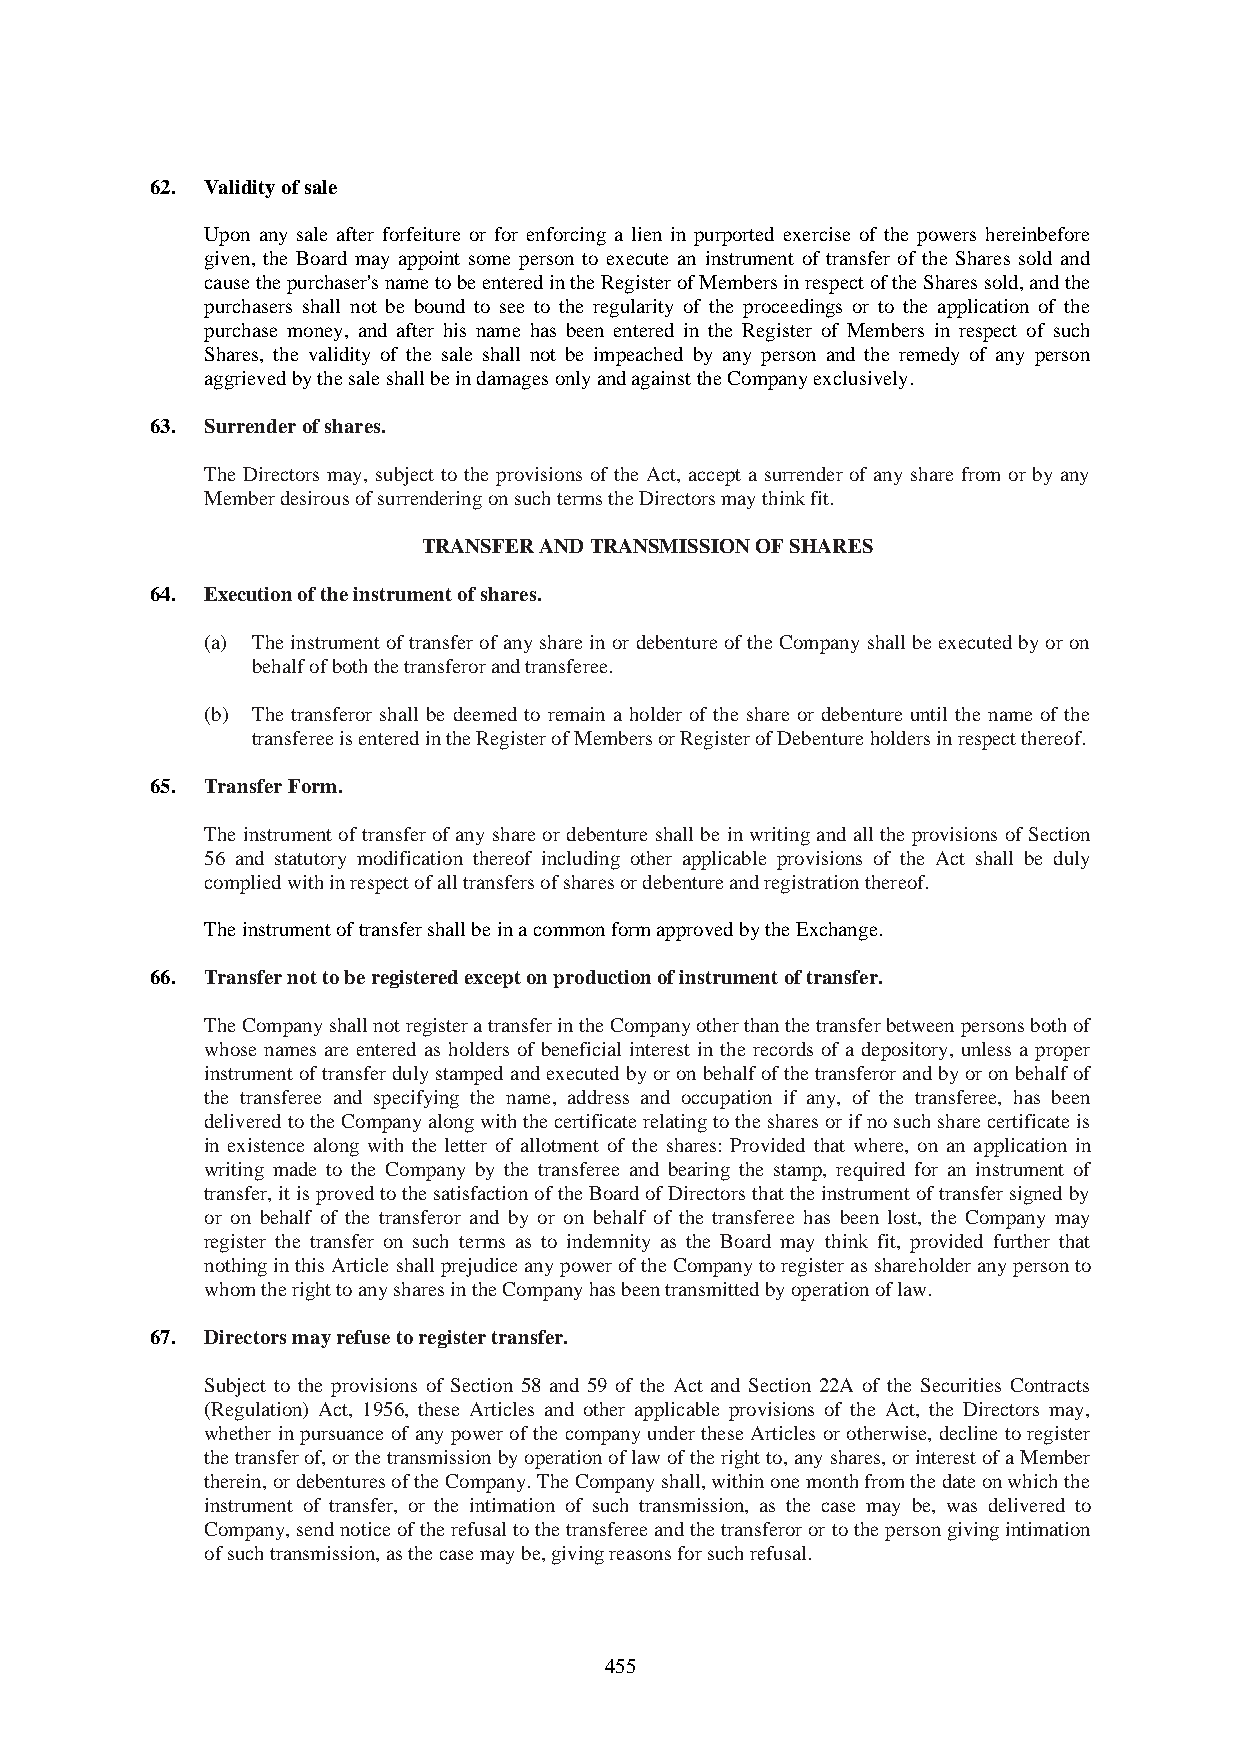
62. Validity of sale
 Upon any sale after forfeiture or for enforcing a lien in purported exercise of the powers hereinbefore
 given, the Board may appoint some person to execute an instrument of transfer of the Shares sold and
 cause the purchaser's name to be entered in the Register of Members in respect of the Shares sold, and the
 purchasers shall not be bound to see to the regularity of the proceedings or to the application of the
 purchase money, and after his name has been entered in the Register of Members in respect of such
 Shares, the validity of the sale shall not be impeached by any person and the remedy of any person
 aggrieved by the sale shall be in damages only and against the Company exclusively.
 63. Surrender of shares.
 The Directors may, subject to the provisions of the Act, accept a surrender of any share from or by any
 Member desirous of surrendering on such terms the Directors may think fit.
 TRANSFER AND TRANSMISSION OF SHARES
 64. Execution of the instrument of shares.
 (a) The instrument of transfer of any share in or debenture of the Company shall be executed by or on
 behalf of both the transferor and transferee.
 (b) The transferor shall be deemed to remain a holder of the share or debenture until the name of the
 transferee is entered in the Register of Members or Register of Debenture holders in respect thereof.
 65. Transfer Form.
 The instrument of transfer of any share or debenture shall be in writing and all the provisions of Section
 56 and statutory modification thereof including other applicable provisions of the Act shall be duly
 complied with in respect of all transfers of shares or debenture and registration thereof.
 The instrument of transfer shall be in a common form approved by the Exchange.
 66. Transfer not to be registered except on production of instrument of transfer.
 The Company shall not register a transfer in the Company other than the transfer between persons both of
 whose names are entered as holders of beneficial interest in the records of a depository, unless a proper
 instrument of transfer duly stamped and executed by or on behalf of the transferor and by or on behalf of
 the transferee and specifying the name, address and occupation if any, of the transferee, has been
 delivered to the Company along with the certificate relating to the shares or if no such share certificate is
 in existence along with the letter of allotment of the shares: Provided that where, on an application in
 writing made to the Company by the transferee and bearing the stamp, required for an instrument of
 transfer, it is proved to the satisfaction of the Board of Directors that the instrument of transfer signed by
 or on behalf of the transferor and by or on behalf of the transferee has been lost, the Company may
 register the transfer on such terms as to indemnity as the Board may think fit, provided further that
 nothing in this Article shall prejudice any power of the Company to register as shareholder any person to
 whom the right to any shares in the Company has been transmitted by operation of law.
 67. Directors may refuse to register transfer.
 Subject to the provisions of Section 58 and 59 of the Act and Section 22A of the Securities Contracts
 (Regulation) Act, 1956, these Articles and other applicable provisions of the Act, the Directors may,
 whether in pursuance of any power of the company under these Articles or otherwise, decline to register
 the transfer of, or the transmission by operation of law of the right to, any shares, or interest of a Member
 therein, or debentures of the Company. The Company shall, within one month from the date on which the
 instrument of transfer, or the intimation of such transmission, as the case may be, was delivered to
 Company, send notice of the refusal to the transferee and the transferor or to the person giving intimation
 of such transmission, as the case may be, giving reasons for such refusal.
 455